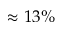
\approx 1 3 \%